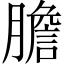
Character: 膽